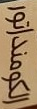
الكومنداتور